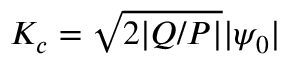
K _ { c } = \sqrt { 2 | Q / P | } | \psi _ { 0 } |